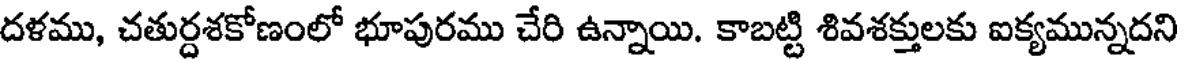
దళము, చతుర్దశకోణంలో భూపురము చేరి ఉన్నాయి. కాబట్టి శివశక్తులకు ఐక్యమున్నదని